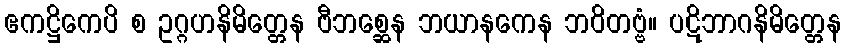
ဧကဋ္ဌိကေပိ စ ဥဂ္ဂဟနိမိတ္တေန ဗီဘစ္ဆေန ဘယာနကေန ဘဝိတဗ္ဗံ။ ပဋိဘာဂနိမိတ္တေန